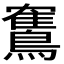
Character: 𫛏